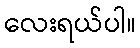
လေးရယ်ပါ။